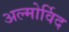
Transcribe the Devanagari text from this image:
अल्मोर्विद